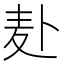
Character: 𫧮